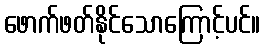
ဖောက်ဖတ်နိုင်သောကြောင့်ပင်။